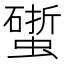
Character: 𧑧